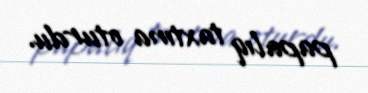
papalıq taxtına oturdu.